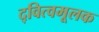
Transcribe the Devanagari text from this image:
द्‍वित्वमूलक